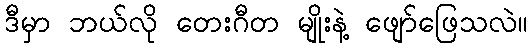
ဒီမှာ ဘယ်လို တေးဂီတ မျိုးနဲ့ ဖျော်ဖြေသလဲ။